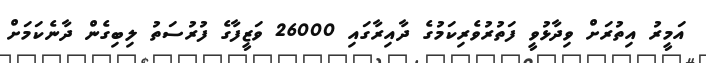
އަމީރު އިތުރަށް ވިދާޅުވީ ފަތުރުވެރިކަމުގެ ދާއިރާގައި 26000 ވަޒީފާގެ ފުރުސަތު ލިބިގެން ދާނެކަމަށް